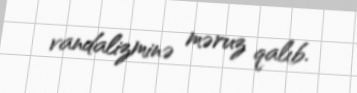
vandalizminə məruz qalıb.